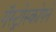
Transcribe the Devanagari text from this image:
गॅस्ट्रोस्कोपने